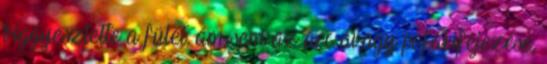
biggyesztette a fülét, ám sem az arc avagy pofakifejezése,